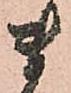
ま